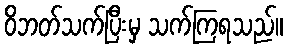
ဝိဘတ်သက်ပြီးမှ သက်ကြရသည်။